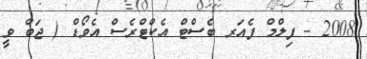
2008 - ފިލްމް ފެއަރ ބެސްޓް އެކްޓްރެސް އެވޯޑް ( ޖަބް ވީ